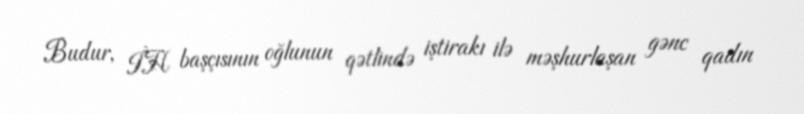
Budur, İH başçısının oğlunun qətlində iştirakı ilə məşhurlaşan gənc qadın